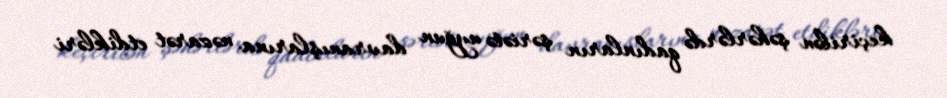
keçirilən şəhərlərdə qadınların şəriətə uyğun davranışlarına nəzarət etdikləri